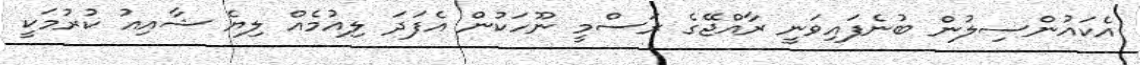
އެކައުންސިލުން ބުނެފައިވަނީ ރާއްޖޭގެ ރަސްމީ ނޫހަކުން އެފަދަ ލިއުމެއް ލިޔެ ޝާއިއު ކުރުމަކީ